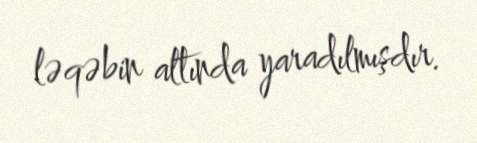
ləqəbin altında yaradılmışdır.